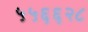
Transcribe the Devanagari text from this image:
५५६६२८